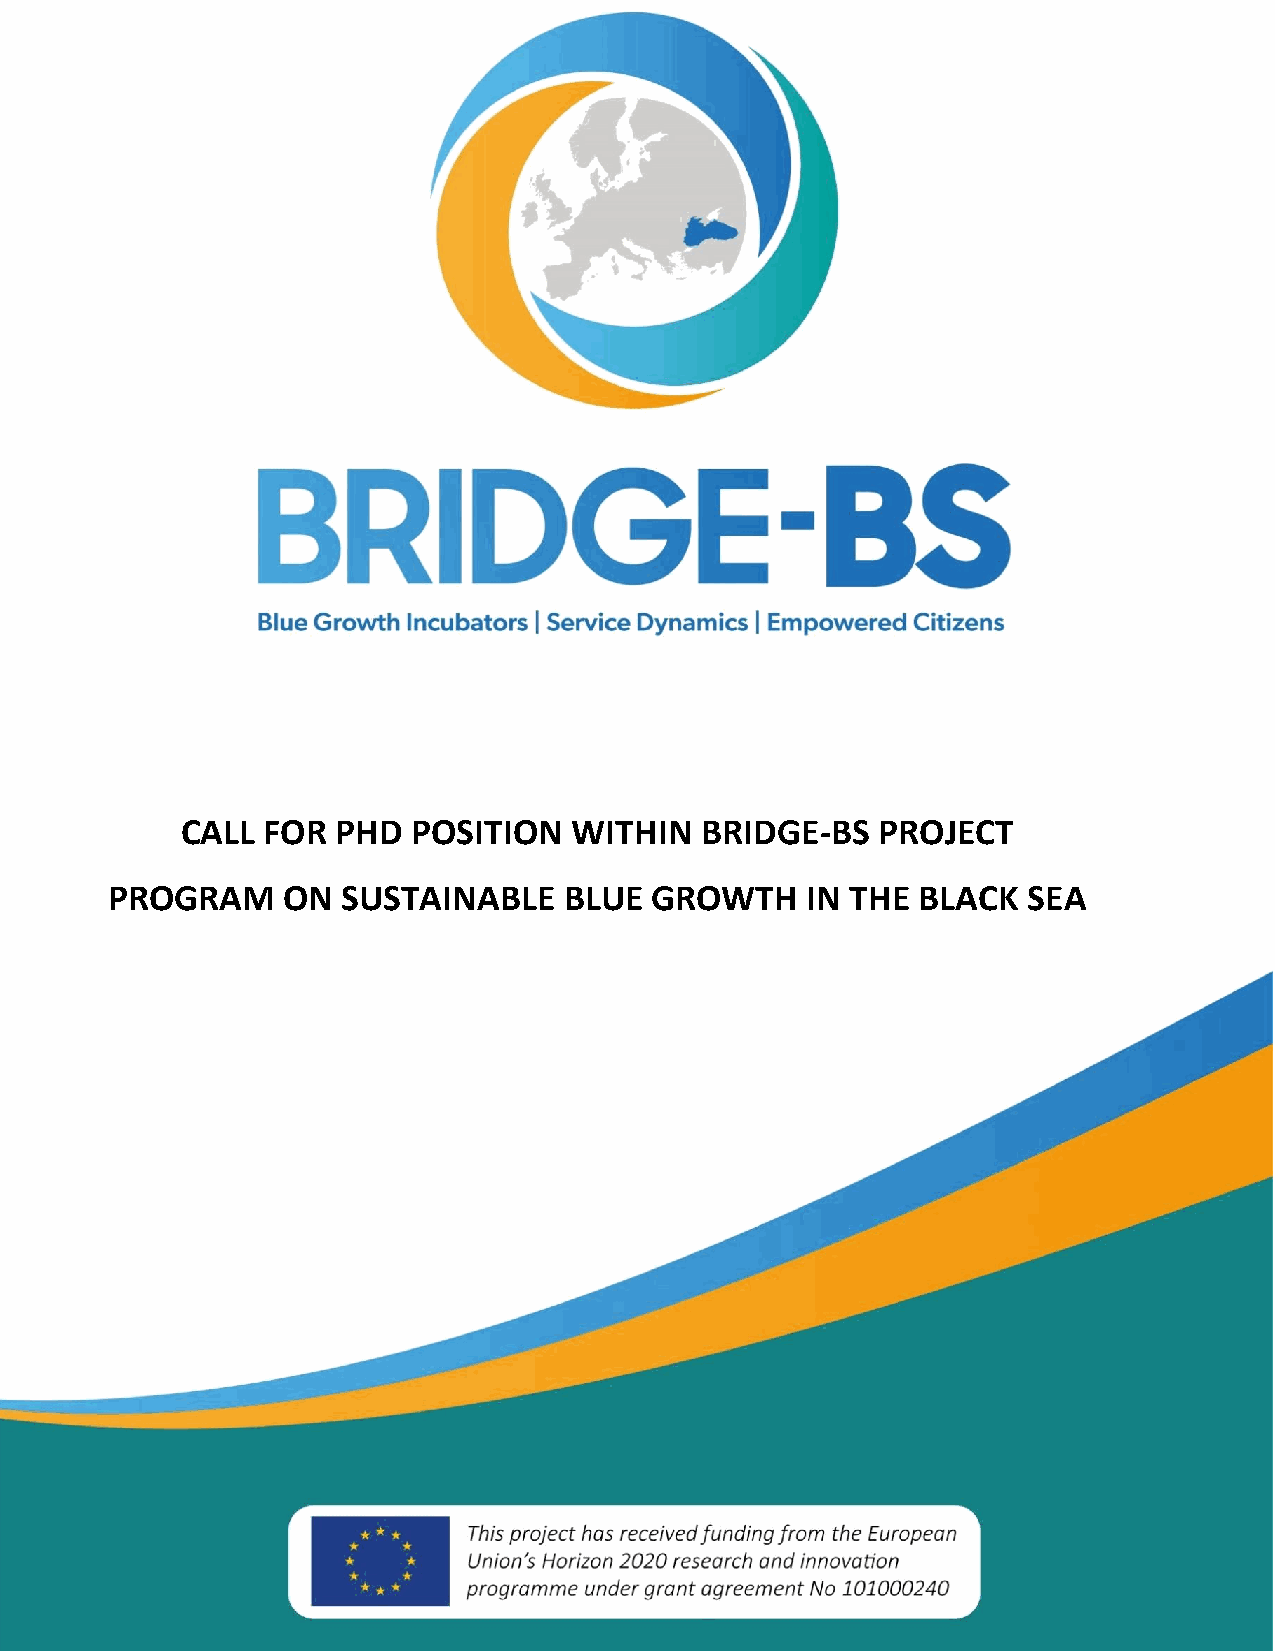
CALL FOR  PHD  POSITION   WITHIN  BRIDGE-BS   PROJECT
 PROGRAM     ON  SUSTAINABLE   BLUE  GROWTH    IN THE  BLACK  SEA